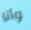
وأنا